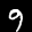
Label: 9